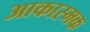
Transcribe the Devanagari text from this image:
आकास्मक